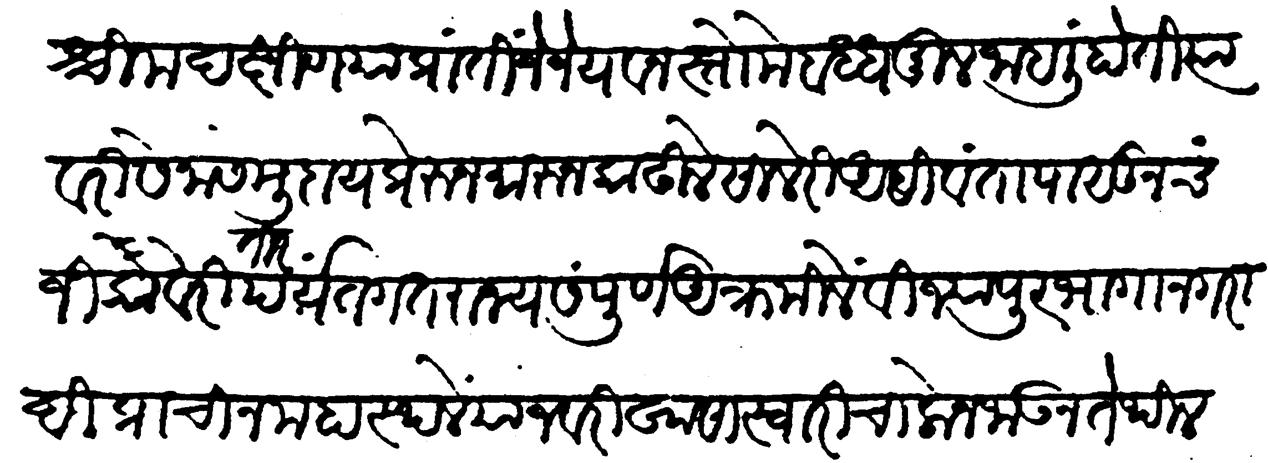
Transliteration (Devanagari): पश्चिम दक्षिण या प्रांतीं जे जे यवन स्तोमें बद्धमूल जाहलीं होतीं त्यावरी सेना समुदाय प्रेरुन मारुन काढिले सालेरी अहिवंता पासून चंजी कावेरीतीर पर्यंत गतराज्य संपूर्ण आक्रमिलें विजापूर भागानगरादि प्राचीन महास्थलें यांजवरी खासा स्वारी चालोन जाऊन तेथील